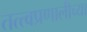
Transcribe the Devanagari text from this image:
तत्त्वप्रणालीच्या